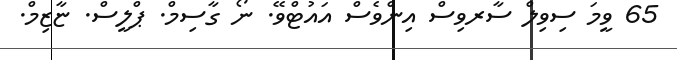
65 ވީމަ ސިވިލް ސާރވިސް އިންވެސް އައުޓްވޭ. ނޯ ގާސިމް. ޕްލީސް. ޏާޒިމް.